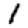
Digit: 1